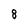
Character: 8